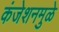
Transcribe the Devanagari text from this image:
कंजेशनमुळे